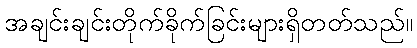
အချင်းချင်းတိုက်ခိုက်ခြင်းများရှိတတ်သည်။